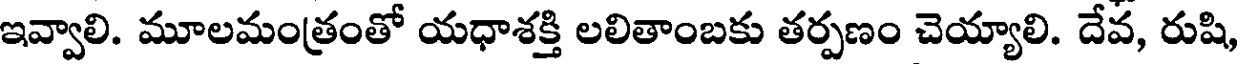
ఇవ్వాలి. మూలమంత్రంతో యధాశక్తి లలితాంబకు తర్పణం చెయ్యాలి. దేవ, రుషి,